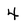
Character: 4